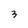
Character: 3